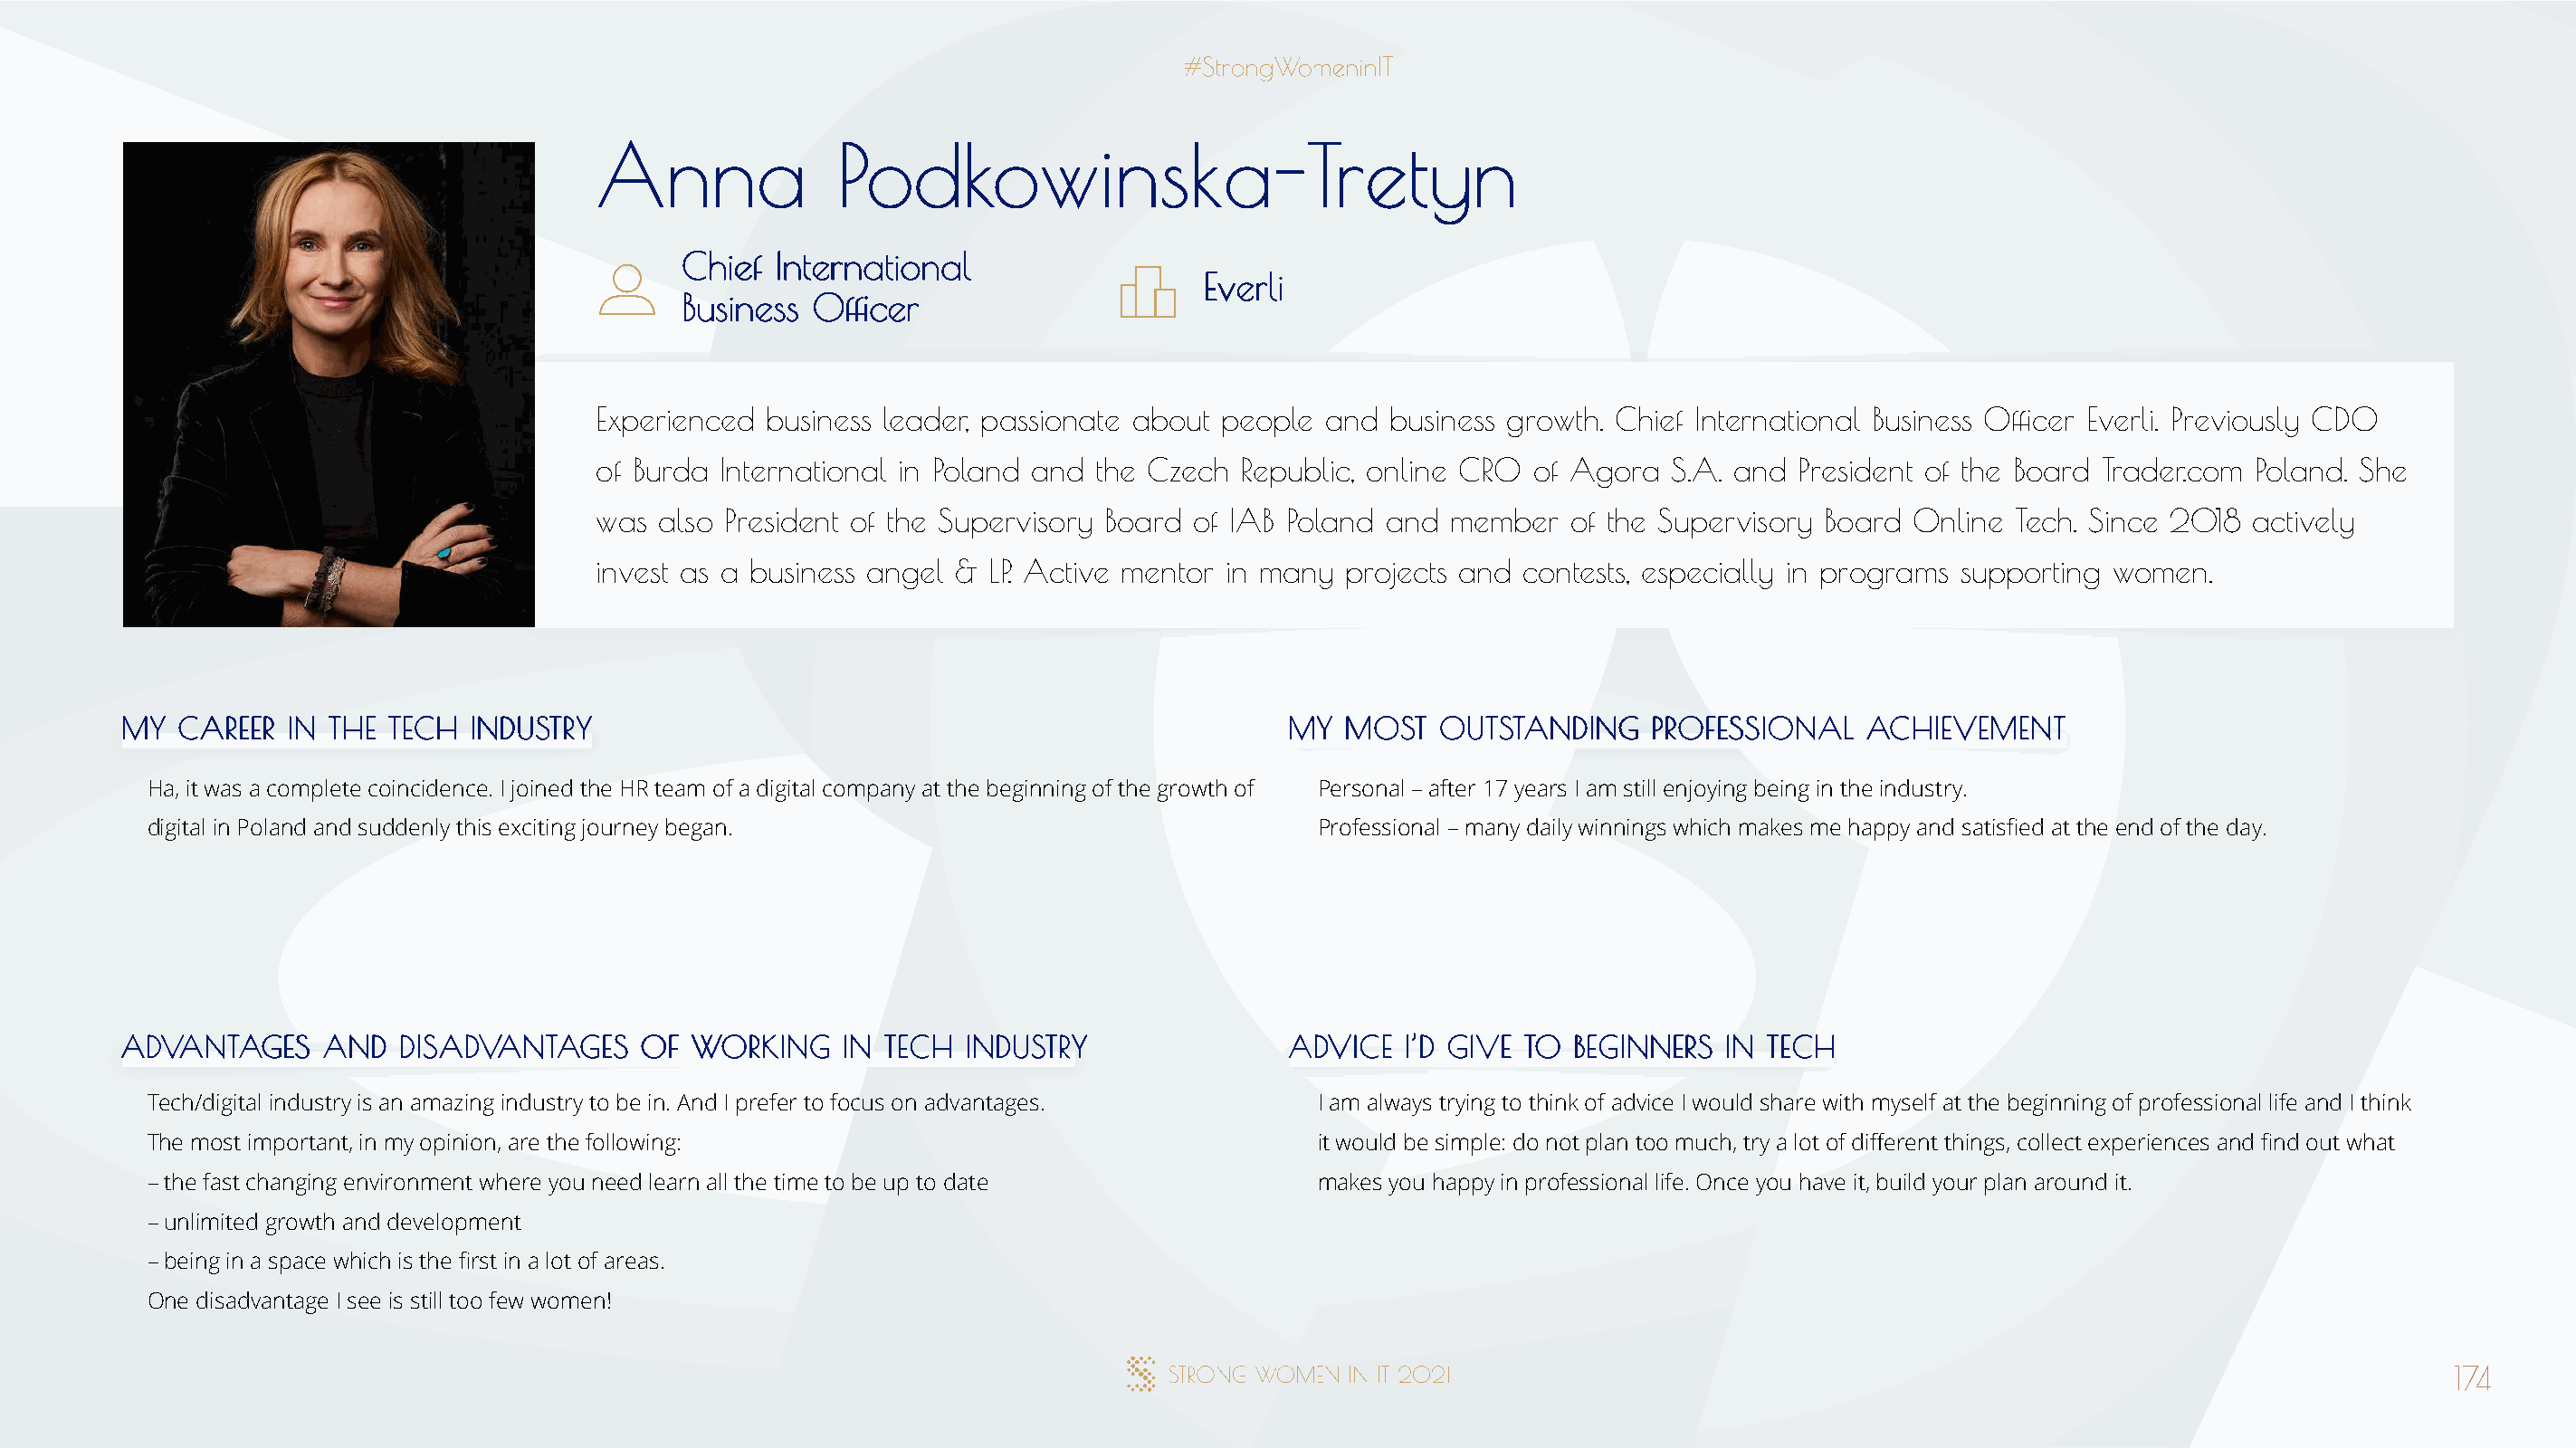
AAnnnnaa         PPooddkkoowwiinnsskkaa--TTrreettyynn
 CChhiieeff IInntteerrnnaattiioonnaall
 EEvveerrllii
 BBuussiinneessss OOffifficceerr
 Experienced business leader, passionate about people and  business growth. Chief International Business Officer Everli. Previously CDO
 of Burda International in Poland and the Czech Republic, online CRO of Agora  S.A. and  President of the Board Trader.com Poland. She
 was also President of the Supervisory Board of IAB Poland and member   of the Supervisory Board Online Tech. Since 2018  actively
 invest as a business angel & LP. Active mentor in many projects and contests, especially in programs supporting women.
 MMYY CCAARREEEERR IINN TTHHEE TTEECCHH IINNDDUUSSTTRRYY                              MMYY MMOOSSTT OOUUTTSSTTAANNDDIINNGG PPRROOFFEESSSSIIOONNAALL AACCHHIIEEVVEEMMEENNTT
 Ha, it was a complete coincidence. I joined the HR team of a digital company at the beginning of the growth of Personal – after 17 years I am still enjoying being in the industry.
 digital in Poland and suddenly this exciting journey began.                          Professional – many daily winnings which makes me happy and satisfied at the end of the day.
 AADDVVAANNTTAAGGEESS AANNDD DDIISSAADDVVAANNTTAAGGEESS OOFF WWOORRKKIINNGG IINN TTEECCHH IINNDDUUSSTTRRYY AADDVVIICCEE II’’DD GGIIVVEE TTOO BBEEGGIINNNNEERRSS IINN TTEECCHH
 Tech/digital industry is an amazing industry to be in. And I prefer to focus on advantages. I am always trying to think of advice I would share with myself at the beginning of professional life and I think
 The most important, in my opinion, are the following:                                it would be simple: do not plan too much, try a lot of different things, collect experiences and find out what
 – the fast changing environment where you need learn all the time to be up to date   makes you happy in professional life. Once you have it, build your plan around it.
 – unlimited growth and development
 – being in a space which is the first in a lot of areas.
 One disadvantage I see is still too few women!
 174